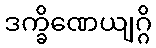
ဒက္ခိဏေယျဂ္ဂိ